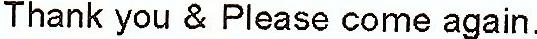
THANK YOU & PLEASE COME AGAIN.